Civil Veterinary Department Bengal reports 1933-51 - 1933-1951
Year: 1933
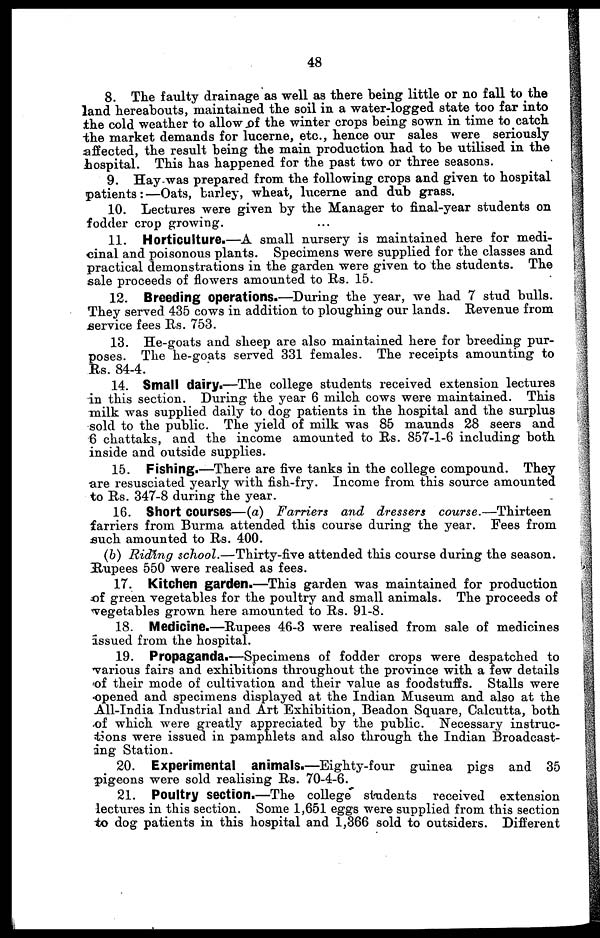
48
8. The faulty drainage as well as there being little or no fall to the
land hereabouts, maintained the soil in a water-logged state too far into
the cold weather to allow of the winter crops being sown in time to catch
the market demands for lucerne, etc., hence our sales were seriously
affected, the result being the main production had to be utilised in the
hospital. This has happened for the past two or three seasons.
9. Hay was prepared from the following crops and given to hospital
patients:—Oats, barley, wheat, lucerne and dub grass.
10. Lectures were given by the Manager to final-year students on
fodder crop growing.
11. Horticulture.—A small nursery is maintained here for medi-
cinal and poisonous plants. Specimens were supplied for the classes and
practical demonstrations in the garden were given to the students. The
sale proceeds of flowers amounted to Rs. 15.
12. Breeding operations.—During the year, we had 7 stud bulls.
They served 435 cows in addition to ploughing our lands. Revenue from
service fees Rs. 753.
13. He-goats and sheep are also maintained here for breeding pur-
poses. The he-goats served 331 females. The receipts amounting to
Rs. 84-4.
14. Small dairy.—The college students received extension lectures
in this section. During the year 6 milch cows were maintained. This
milk was supplied daily to dog patients in the hospital and the surplus
sold to the public. The yield of milk was 85 maunds 28 seers and
6 chattaks, and the income amounted to Rs. 857-1-6 including both
inside and outside supplies.
15. Fishing.—There are five tanks in the college compound. They
are resusciated yearly with fish-fry. Income from this source amounted
to Rs. 347-8 during the year.
16. Short courses—(a) Farriers and dressers
course.—Thirteen
farriers from Burma attended this course during the year. Fees from
such amounted to Rs. 400.
(b) Riding school.—Thirty-five
attended this course during the season.
Rupees 550 were realised as fees.
17. Kitchen garden.—This garden was maintained for production
of green vegetables for the poultry and small animals. The proceeds of
vegetables grown here amounted to Rs. 91-8.
18. Medicine.—Rupees 46-3 were realised from sale of medicines
issued from the hospital.
19. Propaganda.—Specimens of fodder crops were despatched to
various fairs and exhibitions throughout the province with a few details
of their mode of cultivation and their value as foodstuffs. Stalls were
opened and specimens displayed at the Indian Museum and also at the
All-India Industrial and Art Exhibition, Beadon Square, Calcutta, both
of which were greatly appreciated by the public. Necessary instruc-
tions were issued in pamphlets and also through the Indian Broadcast-
ing Station.
20. Experimental animals.—Eighty-four guinea pigs and 35
pigeons were sold realising Rs. 70-4-6.
21. Poultry section.—The college students received extension
lectures in this section. Some 1,651 eggs were supplied from this section
to dog patients in this hospital and 1,366 sold to outsiders. Different